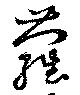
蘿